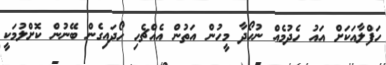
ހަފްލާއަކަށް އައު ހެދުމެއް ނުހޯދާ މީހުން އަތުން އެއްޗެހި ހޯދައިގެން ބޭނުން ކޮށްލުމަކީ